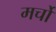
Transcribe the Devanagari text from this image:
मर्चो